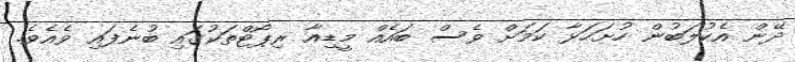
ދޭން އެކުލަބުން ހުށަހަޅާ ކަމަށް ވެސް ބައެއް މީޑިއާ ރިޕޯޓްތަކުގައި ބުނެފައި ވެއެވެ.